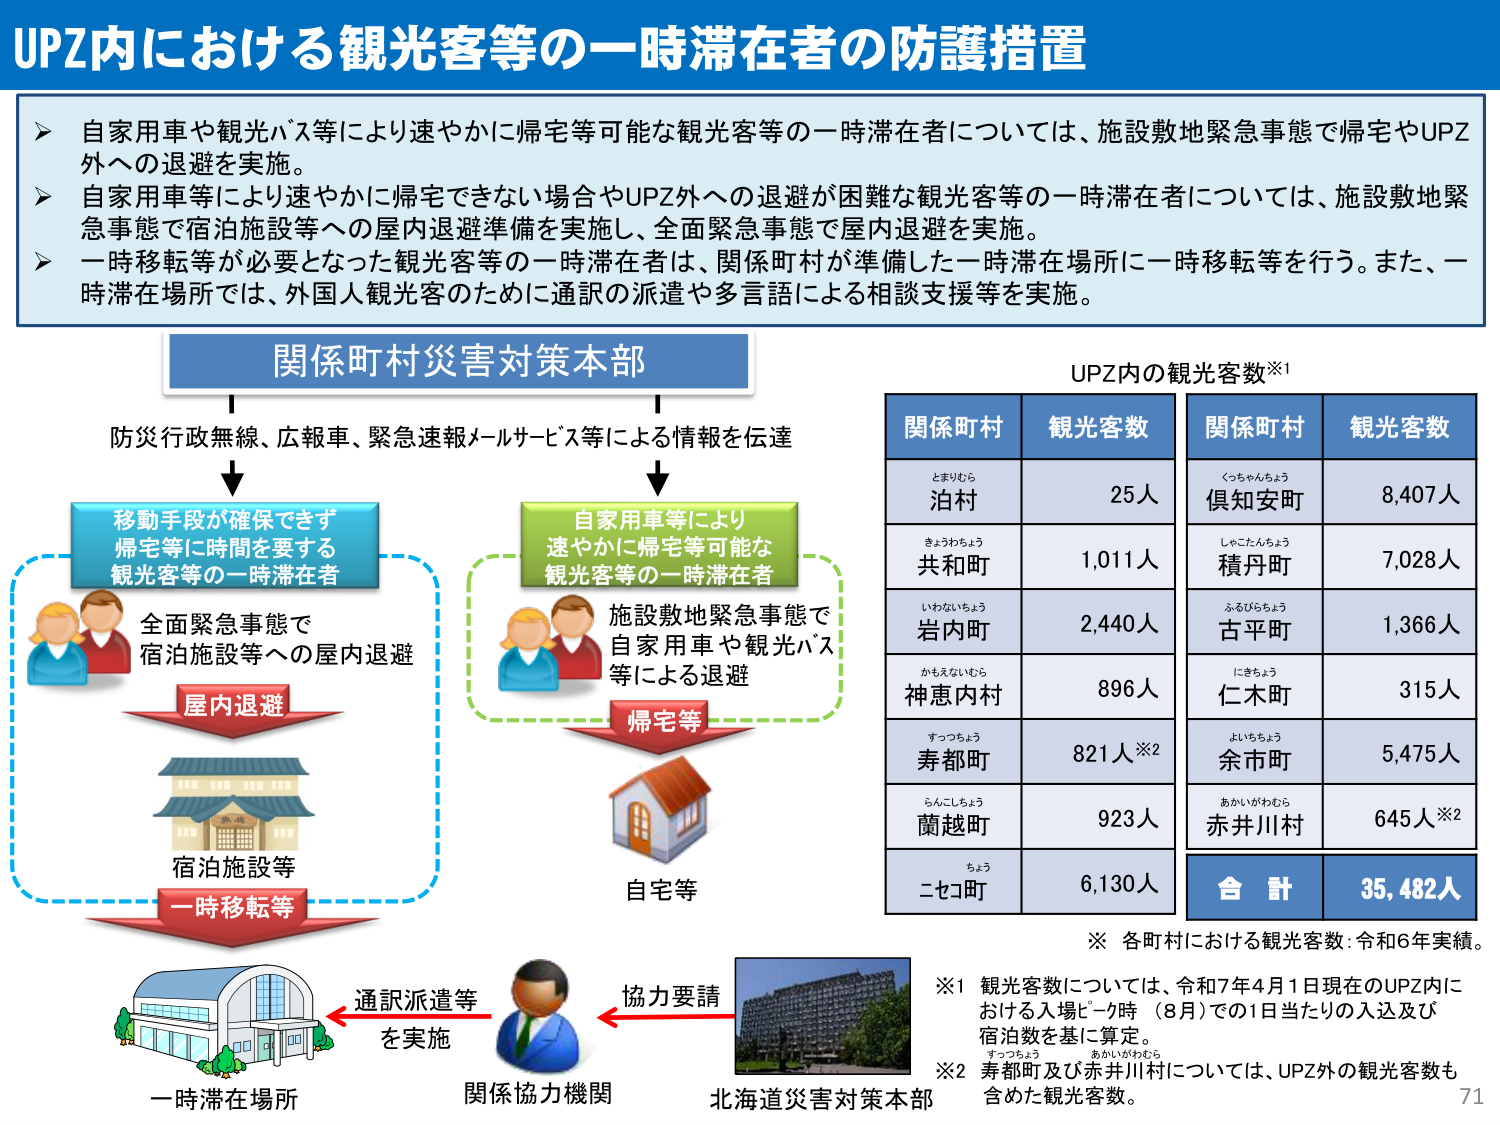
UPZ内における観光客等の一時滞在者の防護措置

▶ 自家用車や観光バス等により速やかに帰宅等可能な観光客等の一時滞在者については、施設敷地緊急事態で帰宅やUPZ外への退避を実施。
▶ 自家用車等により速やかに帰宅できない場合やUPZ外への退避が困難な観光客等の一時滞在者については、施設敷地緊急事態で宿泊施設等への屋内退避準備を実施し、全面緊急事態で屋内退避を実施。
▶ 一時移転等が必要となった観光客等の一時滞在者は、関係町村が準備した一時滞在場所に一時移転等を行う。また、一時滞在場所では、外国人観光客のために通訳の派遣や多言語による相談支援等を実施。

関係町村災害対策本部
防災行政無線、広報車、緊急速報メールサービス等による情報を伝達

移動手段が確保できず
帰宅等に時間を要する
観光客等の一時滞在者
全面緊急事態で
宿泊施設等への屋内退避
屋内退避
宿泊施設等
一時移転等

自家用車等により
速やかに帰宅等可能な
観光客等の一時滞在者
施設敷地緊急事態で
自家用車や観光バス
等による退避
帰宅等
自宅等

UPZ内の観光客数※1

関係町村　観光客数
とまりむら　泊村　25人
きょうわちょう　共和町　1,011人
いわないちょう　岩内町　2,440人
かもえないむら　神恵内村　896人
すっつちょう　寿都町　821人※2
らんこしちょう　蘭越町　923人
ちょう　ニセコ町　6,130人

関係町村　観光客数
くっちゃんちょう　倶知安町　8,407人
しゃたんちょう　積丹町　7,028人
ふるびちちょう　古平町　1,366人
にきちょう　仁木町　315人
よいちちょう　余市町　5,475人
あかいがわむら　赤井川村　645人※2

合計　35,482人

※ 各町村における観光客数：令和6年実績。

※1 観光客数については、令和7年4月1日現在のUPZ内における入場ピーク時（8月）での1日当たりの入込及び宿泊数を基に算定。
※2 寿都町及び赤井川村については、UPZ外の観光客数も含めた観光客数。

一時滞在場所
通訳派遣等
を実施
関係協力機関
協力要請
北海道災害対策本部

71